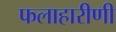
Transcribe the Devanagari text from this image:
फलाहारीणी